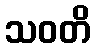
သဝတိ